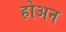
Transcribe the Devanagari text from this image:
होअन